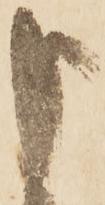
申